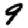
Digit: 9